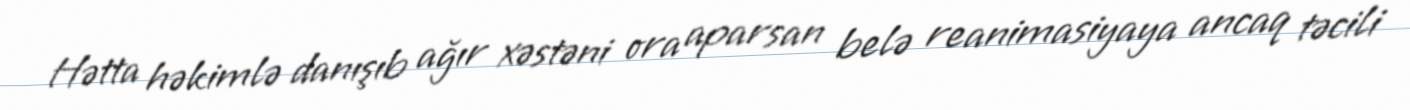
Hətta həkimlə danışıb ağır xəstəni ora aparsan belə reanimasiyaya ancaq təcili